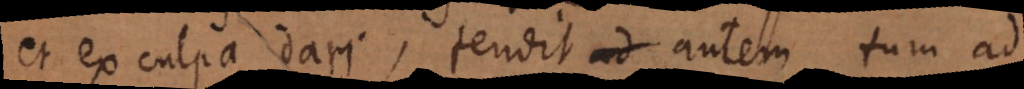
et ex culpa dari, tendit autem tum ad